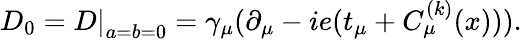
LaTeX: D_{0}=\left.D\right|_{a=b=0}=\gamma_{\mu}(\partial_{\mu}-ie(t_{\mu}+C_{\mu}^{(k)}(x))).